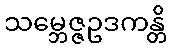
သမ္ဘေဇ္ဇဥဒကန္တိ